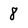
Character: 8